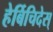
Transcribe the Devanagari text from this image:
हेर्बिचिदेस्